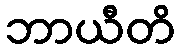
ဘာယီတိ